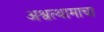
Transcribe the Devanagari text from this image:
अश्वत्थामाचा